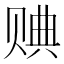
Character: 𧹖